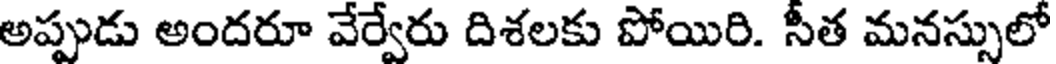
అప్పుడు అందరూ వేర్వేరు దిశలకు పోయిరి. సీత మనస్సులో